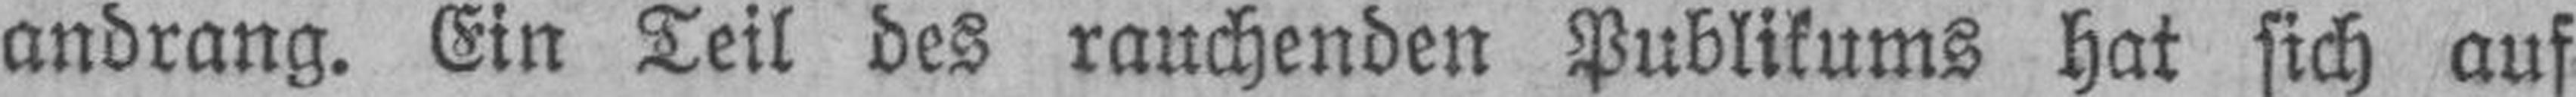
andrang. Ein Teil des rauchenden Publikums hat sich auf